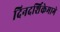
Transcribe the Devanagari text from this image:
दिनदर्शिकेमागे